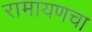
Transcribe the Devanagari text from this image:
रामायणचा